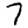
Digit: 7